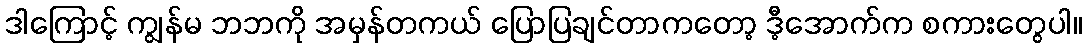
ဒါကြောင့် ကျွန်မ ဘဘကို အမှန်တကယ် ပြောပြချင်တာကတော့ ဒီ့အောက်က စကားတွေပါ။